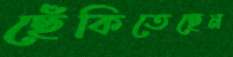
ছেঁকিতেছেন